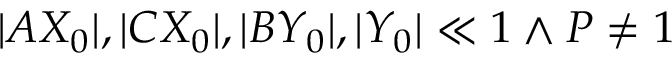
| A X _ { 0 } | , | C X _ { 0 } | , | B Y _ { 0 } | , | Y _ { 0 } | \ll 1 \land P \neq 1